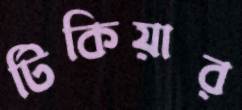
টিকিয়ার